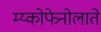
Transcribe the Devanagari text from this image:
म्य्कोफेनोलाते